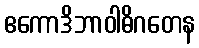
ဧကောဒိဘာဝါဓိဂတေန